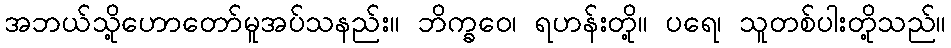
အဘယ်သို့ဟောတော်မူအပ်သနည်း။ ဘိက္ခဝေ၊ ရဟန်းတို့။ ပရေ၊ သူတစ်ပါးတို့သည်။